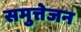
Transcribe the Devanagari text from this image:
समुत्तेजन